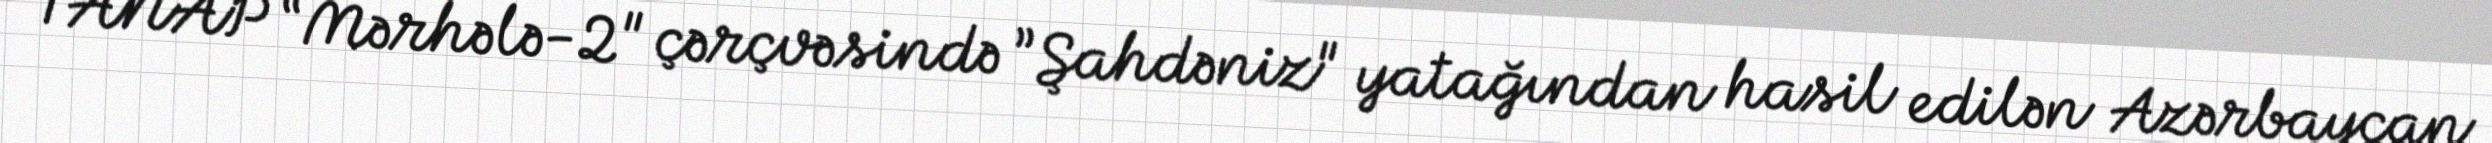
TANAP “Mərhələ-2" çərçvəsində ”Şahdəniz" yatağından hasil edilən Azərbaycan